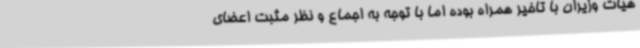
هیات وزیران با تاخیر همراه بوده اما با توجه به اجماع و نظر مثبت اعضای